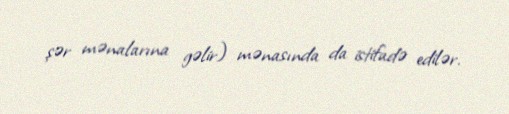
şər mənalarına gəlir) mənasında da istifadə edilər.